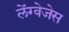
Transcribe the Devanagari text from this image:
लेंग्वेजेस